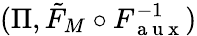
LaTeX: (\Pi,\tilde{F}_{M}\circ F_{\mathrm{~a~u~x~}}^{-1})